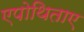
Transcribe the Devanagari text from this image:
एपोथिताए